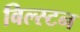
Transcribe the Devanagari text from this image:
बिल्स्टन